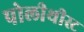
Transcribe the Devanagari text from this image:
पोलीथीस्ट